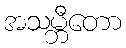
အသမ္ဘီတော